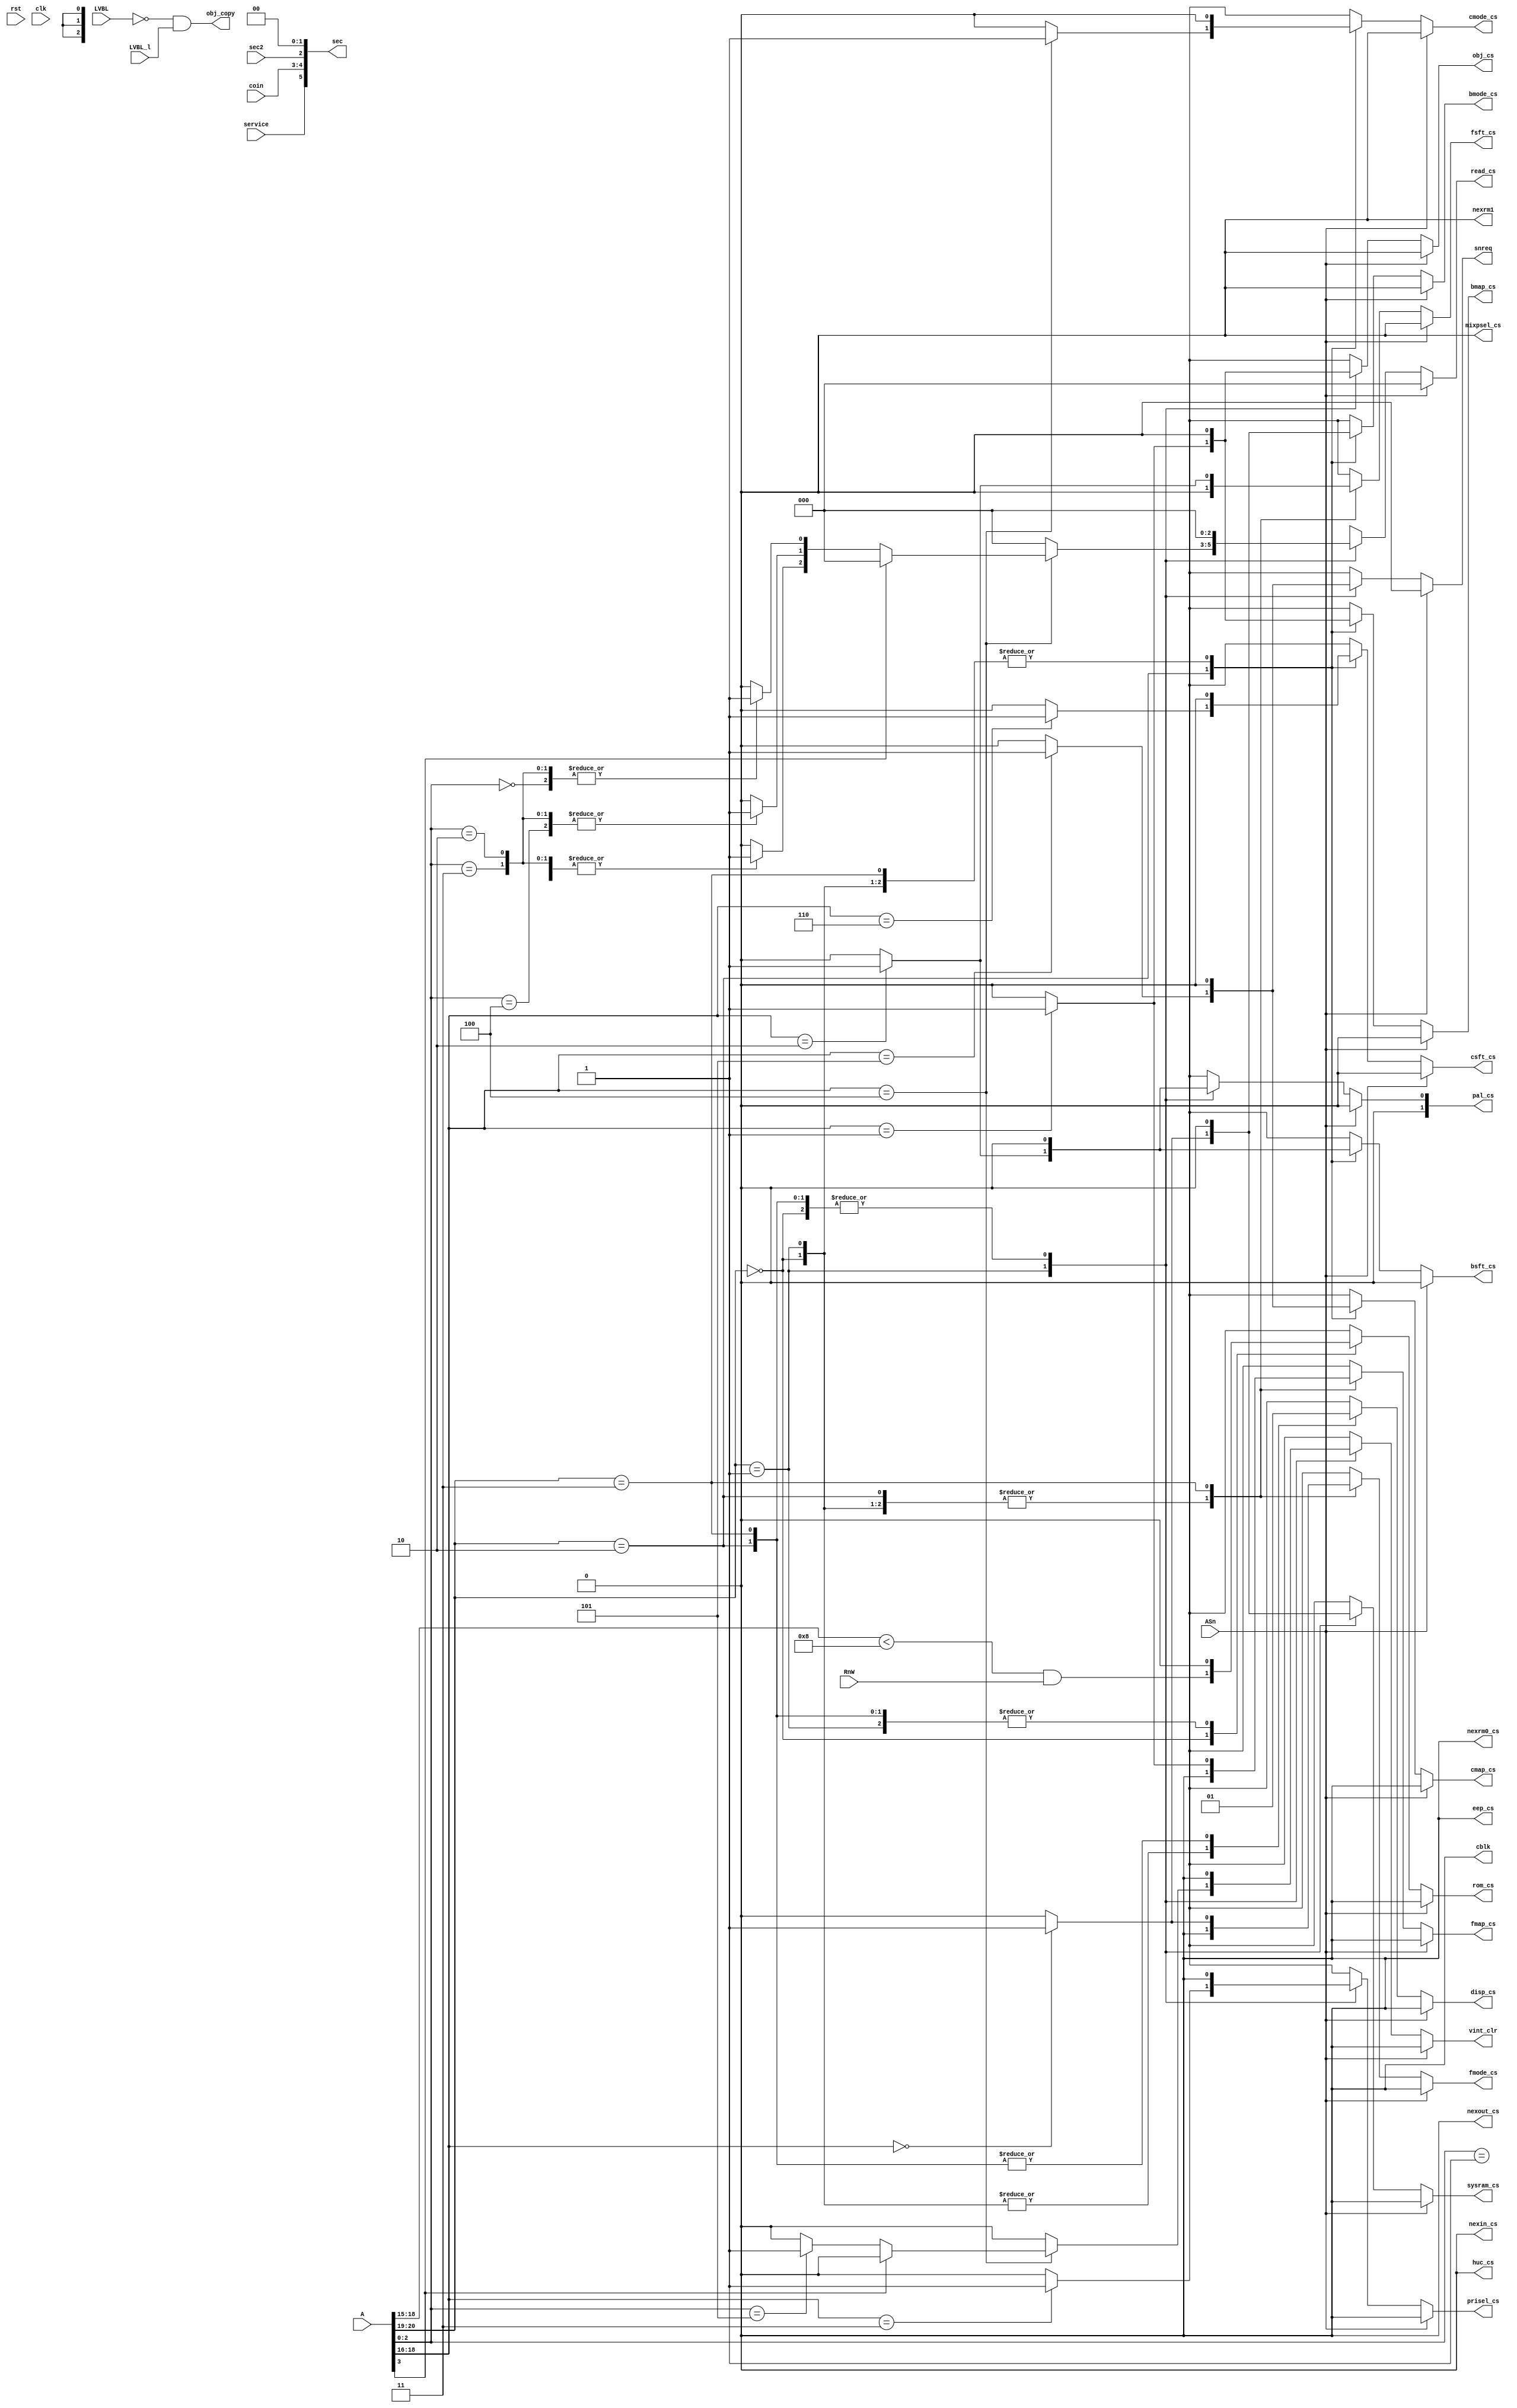
// This program was cloned from: https://github.com/jotego/jtcores
// License: GNU General Public License v3.0

/*  This file is part of JTCORES.
    JTCORES program is free software: you can redistribute it and/or modify
    it under the terms of the GNU General Public License as published by
    the Free Software Foundation, either version 3 of the License, or
    (at your option) any later version.

    JTCORES program is distributed in the hope that it will be useful,
    but WITHOUT ANY WARRANTY; without even the implied warranty of
    MERCHANTABILITY or FITNESS FOR A PARTICULAR PURPOSE.  See the
    GNU General Public License for more details.

    You should have received a copy of the GNU General Public License
    along with JTCORES.  If not, see <http://www.gnu.org/licenses/>.

    Author: Jose Tejada Gomez. Twitter: @topapate
    Version: 1.0
    Date: 1-2-2022 */

module jtcop_decoder(
    input              rst,
    input              clk,
    input       [23:1] A,
    input              ASn,
    input              RnW,
    input              LVBL,
    input              LVBL_l,
    input              sec2,
    input              service,
    input       [ 1:0] coin,
    output reg         rom_cs,
    output reg         eep_cs,
    output reg         prisel_cs,
    output reg         mixpsel_cs,
    output reg         nexin_cs,       // this pin C15 of connector 2. It's unconnected in all games
    output reg         nexout_cs,      // Connector 2, pin A16: unused
    output reg         nexrm1,         // used on Heavy Barrel PCB for the track balls
    output reg         disp_cs,
    output reg         sysram_cs,
    output reg         vint_clr,
    output reg         cblk,
    output reg  [ 2:0] read_cs,
    // BAC06 chips
    output reg         fmode_cs,
    output reg         fsft_cs,
    output reg         fmap_cs,
    output reg         bmode_cs,
    output reg         bsft_cs,
    output reg         bmap_cs,
    output reg         nexrm0_cs,
    output reg         cmode_cs,
    output reg         csft_cs,
    output reg         cmap_cs,
    // Object
    output reg         obj_cs,       // called MIX in the schematics
    output             obj_copy,     // called *DM in the schematics
    // Palette
    output reg [ 1:0]  pal_cs,
    // HuC6820 protection
    output reg         huc_cs,      // shared memory with HuC6820
    // sound
    output reg         snreq,
    // MCU/SUB CPU
    output reg [5:0]   sec          // bit 2 is unused
);

// Triggering it once per frame, not sure if the
// CPU has it mapped to an address, like Robocop
assign obj_copy = !LVBL && LVBL_l;

always @(*) begin
    rom_cs     = 0;
    eep_cs     = 0;
    // fist BAC06 chip
    fmode_cs   = 0;
    fsft_cs    = 0;
    fmap_cs    = 0;
    // second BAC06 chip
    bmode_cs   = 0;
    bsft_cs    = 0;
    bmap_cs    = 0;
    // third BAC06 chip
    nexrm0_cs  = 0;
    cmode_cs   = 0;
    csft_cs    = 0;
    cmap_cs    = 0;
    nexrm1     = 0;
    prisel_cs  = 0;
    //obj_copy   = 0;
    snreq      = 0;
    vint_clr   = 0;
    mixpsel_cs = 0;
    cblk       = 0;
    nexout_cs  = 0;
    read_cs    = 0;
    nexin_cs   = 0;
    pal_cs     = 0;
    sysram_cs  = 0;
    obj_cs     = 0;
    sec[5:3]   = { service, coin };
    sec[2]     = sec2;
    sec[1:0]   = 0;
    disp_cs    = 0;
    huc_cs     = 0;

    if( !ASn ) begin
        case( A[21:20] )
            0: rom_cs = A[19:16]<8 && RnW;
            1:
                case( A[19:17] )
                    0: sysram_cs = 1;
                    1: obj_cs    = 1;
                    2: pal_cs[0] = 1; // 0x14'0000
                    3: prisel_cs = 1; // 0x16'0000
                    4: // 0x18'0000
                        if( !A[4] ) begin
                            case( A[3:1] )
                                0: read_cs[0] = 1; // cabinet IO
                                1: read_cs[2] = 1; // DIP sw
                                2,3: read_cs  = 7; // rotary controls
                                4: read_cs[1] = 1; // system I/O
                                5: vint_clr   = 1; // sure ?
                                //6: obj_copy   = 1; // sure? what about mixpsel_cs ?
                                default:;
                            endcase
                        end
                        // There are 0's written to 18'000A and
                        // 1's written to 18'000C. Is it related to the rotary controls?
                    5: snreq = 1;   // 0x1A'0000
                    default:;
                endcase
            2: begin
                disp_cs = 1;
                case( A[19:17] )
                    0: bmode_cs = 1; // BA1
                    1: bmap_cs  = 1;
                    2: bsft_cs  = 1;
                    4: cmode_cs = 1; // BA2
                    5: cmap_cs  = 1;
                    6: csft_cs  = 1;
                    default:;
                endcase
            end
            3: begin
                disp_cs = 1;
                case( A[19:17] ) // BA0
                    0: fmode_cs  = 1;   // cfg registers
                    1: fmap_cs   = 1;   // tilemap
                    2: fsft_cs   = 1;   // col/row scroll
                    default:;
                endcase
            end
        endcase
    end
end

endmodule